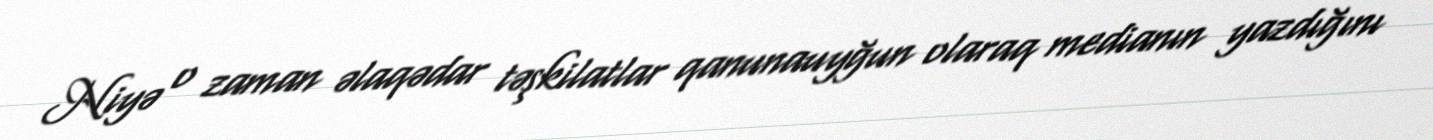
Niyə o zaman əlaqədar təşkilatlar qanunauyğun olaraq medianın yazdığını